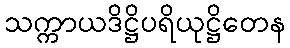
သက္ကာယဒိဋ္ဌိပရိယုဋ္ဌိတေန